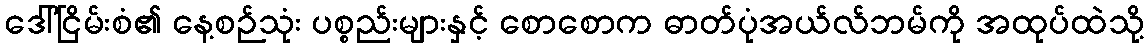
ဒေါ်ငြိမ်းစံ၏ နေ့စဉ်သုံး ပစ္စည်းများနှင့် စောစောက ဓာတ်ပုံအယ်လ်ဘမ်ကို အထုပ်ထဲသို့